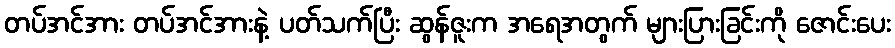
တပ်အင်အား တပ်အင်အားနဲ့ ပတ်သက်ပြီး ဆွန်ဇူးက အရေအတွက် များပြားခြင်းကို ဇောင်းပေး